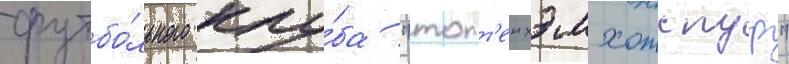
футбо́льного клу́ба "тотт'енхэм хотспур"